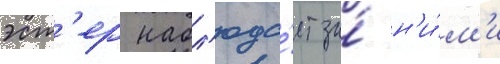
эст'ер набл'юда́ет за́ н'и́м'и